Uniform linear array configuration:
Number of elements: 32
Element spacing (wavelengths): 0.5
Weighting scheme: uniform
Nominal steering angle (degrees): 45
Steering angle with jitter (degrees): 44.129
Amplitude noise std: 0.05
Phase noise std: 0.05

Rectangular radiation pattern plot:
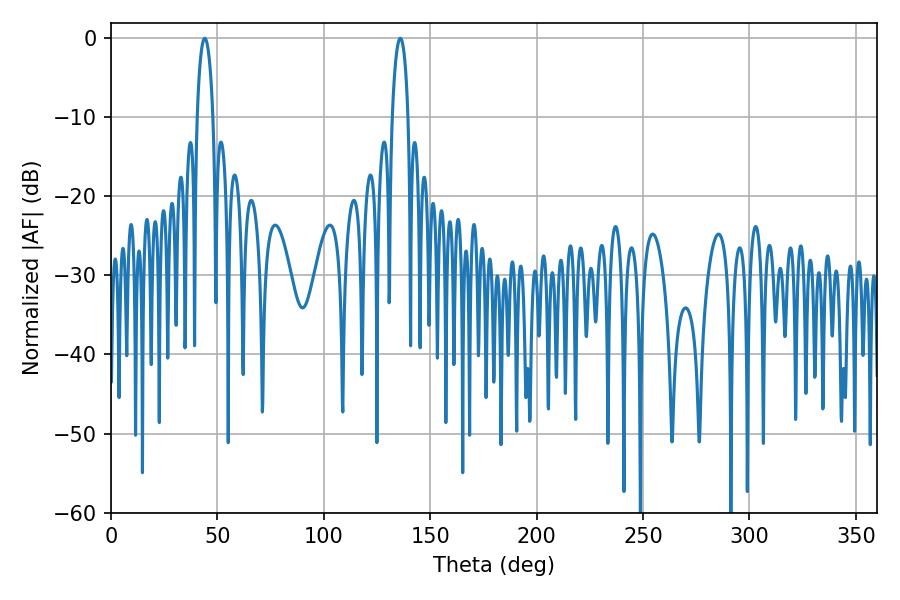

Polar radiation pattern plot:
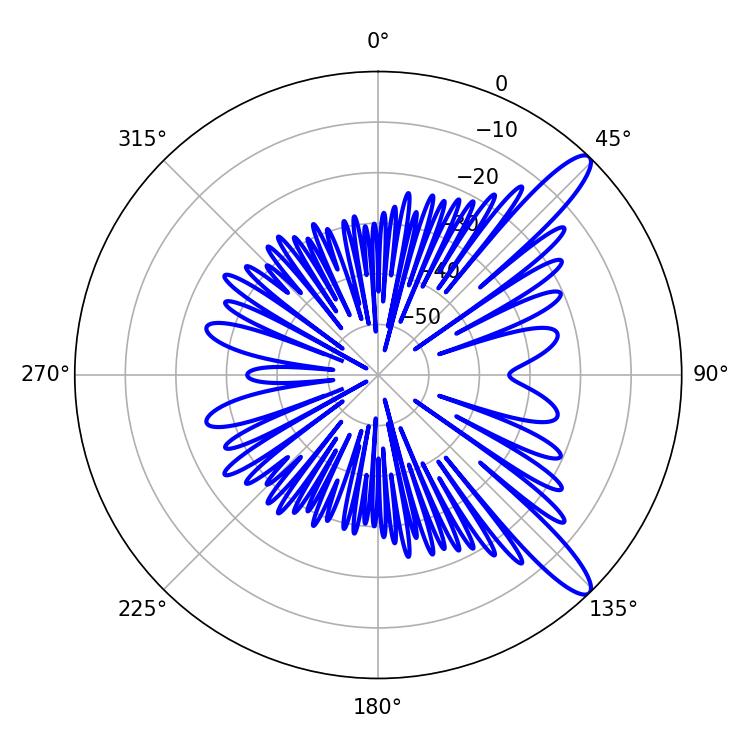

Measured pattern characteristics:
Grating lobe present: FALSE
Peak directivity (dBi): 12.262
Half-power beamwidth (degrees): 4.32
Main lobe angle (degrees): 135.9